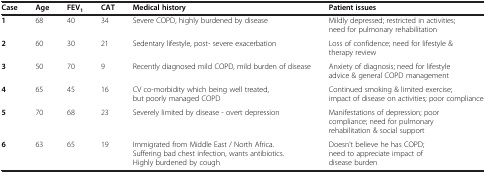
<table><thead><tr><td><b>Case</b></td><td><b>Age</b></td><td><b>FEV<sub>1</sub></b></td><td><b>CAT</b></td><td><b>Medical history</b></td><td><b>Patient issues</b></td></tr></thead><tbody><tr><td><b>1</b></td><td>68</td><td>40</td><td>34</td><td>Severe COPD, highly burdened by disease</td><td>Mildly depressed; restricted in activities; need for pulmonary rehabilitation</td></tr><tr><td><b>2</b></td><td>60</td><td>30</td><td>21</td><td>Sedentary lifestyle, post- severe exacerbation</td><td>Loss of confidence; need for lifestyle &amp; therapy review</td></tr><tr><td><b>3</b></td><td>50</td><td>70</td><td>9</td><td>Recently diagnosed mild COPD, mild burden of disease</td><td>Anxiety of diagnosis; need for lifestyle advice &amp; general COPD management</td></tr><tr><td><b>4</b></td><td>65</td><td>45</td><td>16</td><td>CV co-morbidity which being well treated, but poorly managed COPD</td><td>Continued smoking &amp; limited exercise; impact of disease on activities; poor compliance</td></tr><tr><td><b>5</b></td><td>70</td><td>68</td><td>23</td><td>Severely limited by disease - overt depression</td><td>Manifestations of depression; poor compliance; need for pulmonary rehabilitation &amp; social support</td></tr><tr><td><b>6</b></td><td>63</td><td>65</td><td>19</td><td>Immigrated from Middle East / North Africa. Suffering bad chest infection, wants antibiotics. Highly burdened by cough</td><td>Doesn&#x27;t believe he has COPD; need to appreciate impact of disease burden</td></tr></tbody></table>